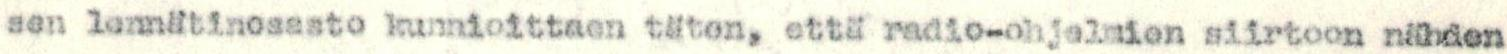
sen lennätinosasto kunnioittaen täten, että radio-ohjelmien siirtoon nähden